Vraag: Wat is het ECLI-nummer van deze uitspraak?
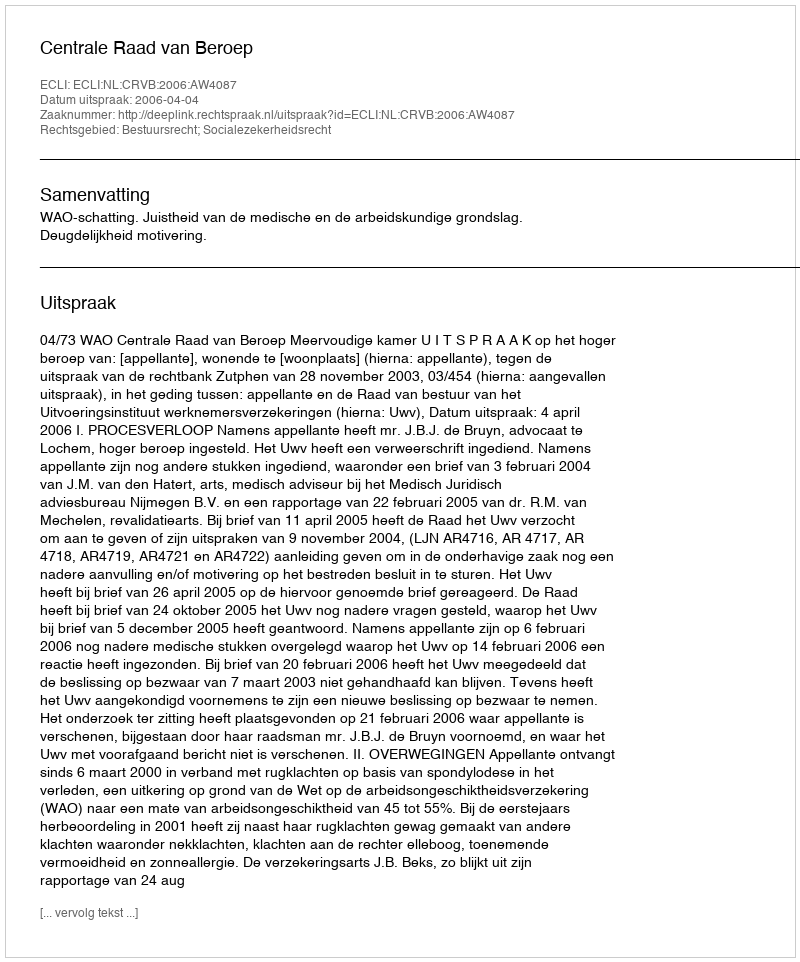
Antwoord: ECLI:NL:CRVB:2006:AW4087